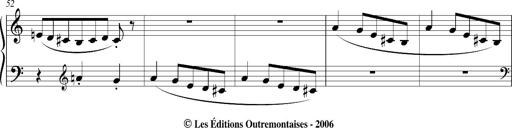
Title: Bagatelle sans tonalitÃ©
Composer: Franz Liszt